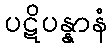
ပဋိပန္နာနံ